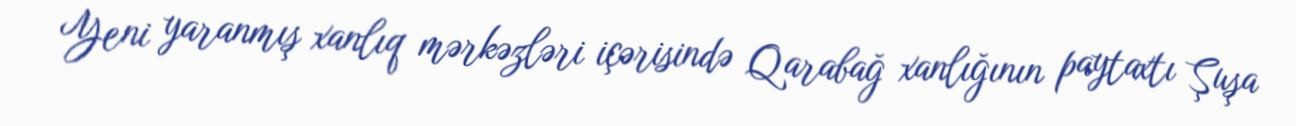
Yeni yaranmış xanlıq mərkəzləri içərisində Qarabağ xanlığının paytaxtı Şuşa